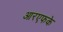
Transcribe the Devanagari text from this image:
आरएफके